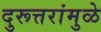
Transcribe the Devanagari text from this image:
दुरूत्तरांमुळे